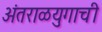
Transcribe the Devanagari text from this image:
अंतराळयुगाची